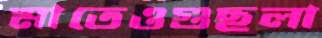
মাতেওগুছলা